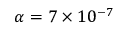
\alpha = 7 \times 1 0 ^ { - 7 }